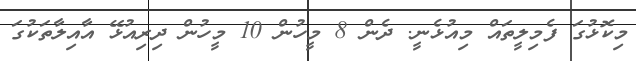
މިކޮޅުގަ ފެމިލީތައް މިއުޅެނީ. ދެން 8 މީހުން 10 މީހުން ދިރިއުޅޭ އާއިލާތަކުގަ